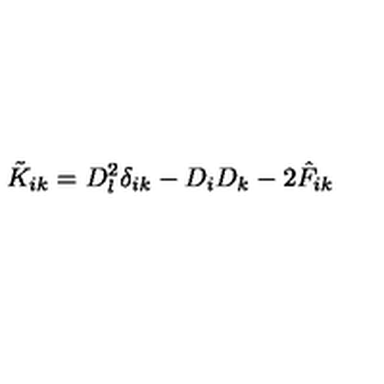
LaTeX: \tilde { K } _ { i k } = D _ { l } ^ { 2 } \delta _ { i k } - D _ { i } D _ { k } - 2 \hat { F } _ { i k }